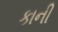
કાની